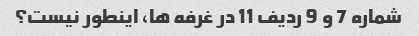
شماره 7 و 9 ردیف 11 در غرفه ها، اینطور نیست؟